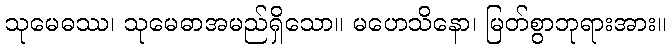
သုမေဓဿ၊ သုမေဓာအမည်ရှိသော။ မဟေသိနော၊ မြတ်စွာဘုရားအား။